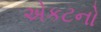
એકટનો